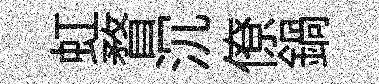
虹瞀沉僚鍋